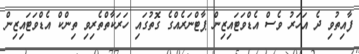
ފާއިތުވި ދެ އަހަރު ވެސް އެޑްވަޓައިޒިން ޕާޓްނަރެއްގެ ގޮތުގައި ހަރަކާތްތެރިވި ތިންކް އެޑްވަޓައިޒިން